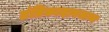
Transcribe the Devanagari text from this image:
तंत्रिकादाबजन्य